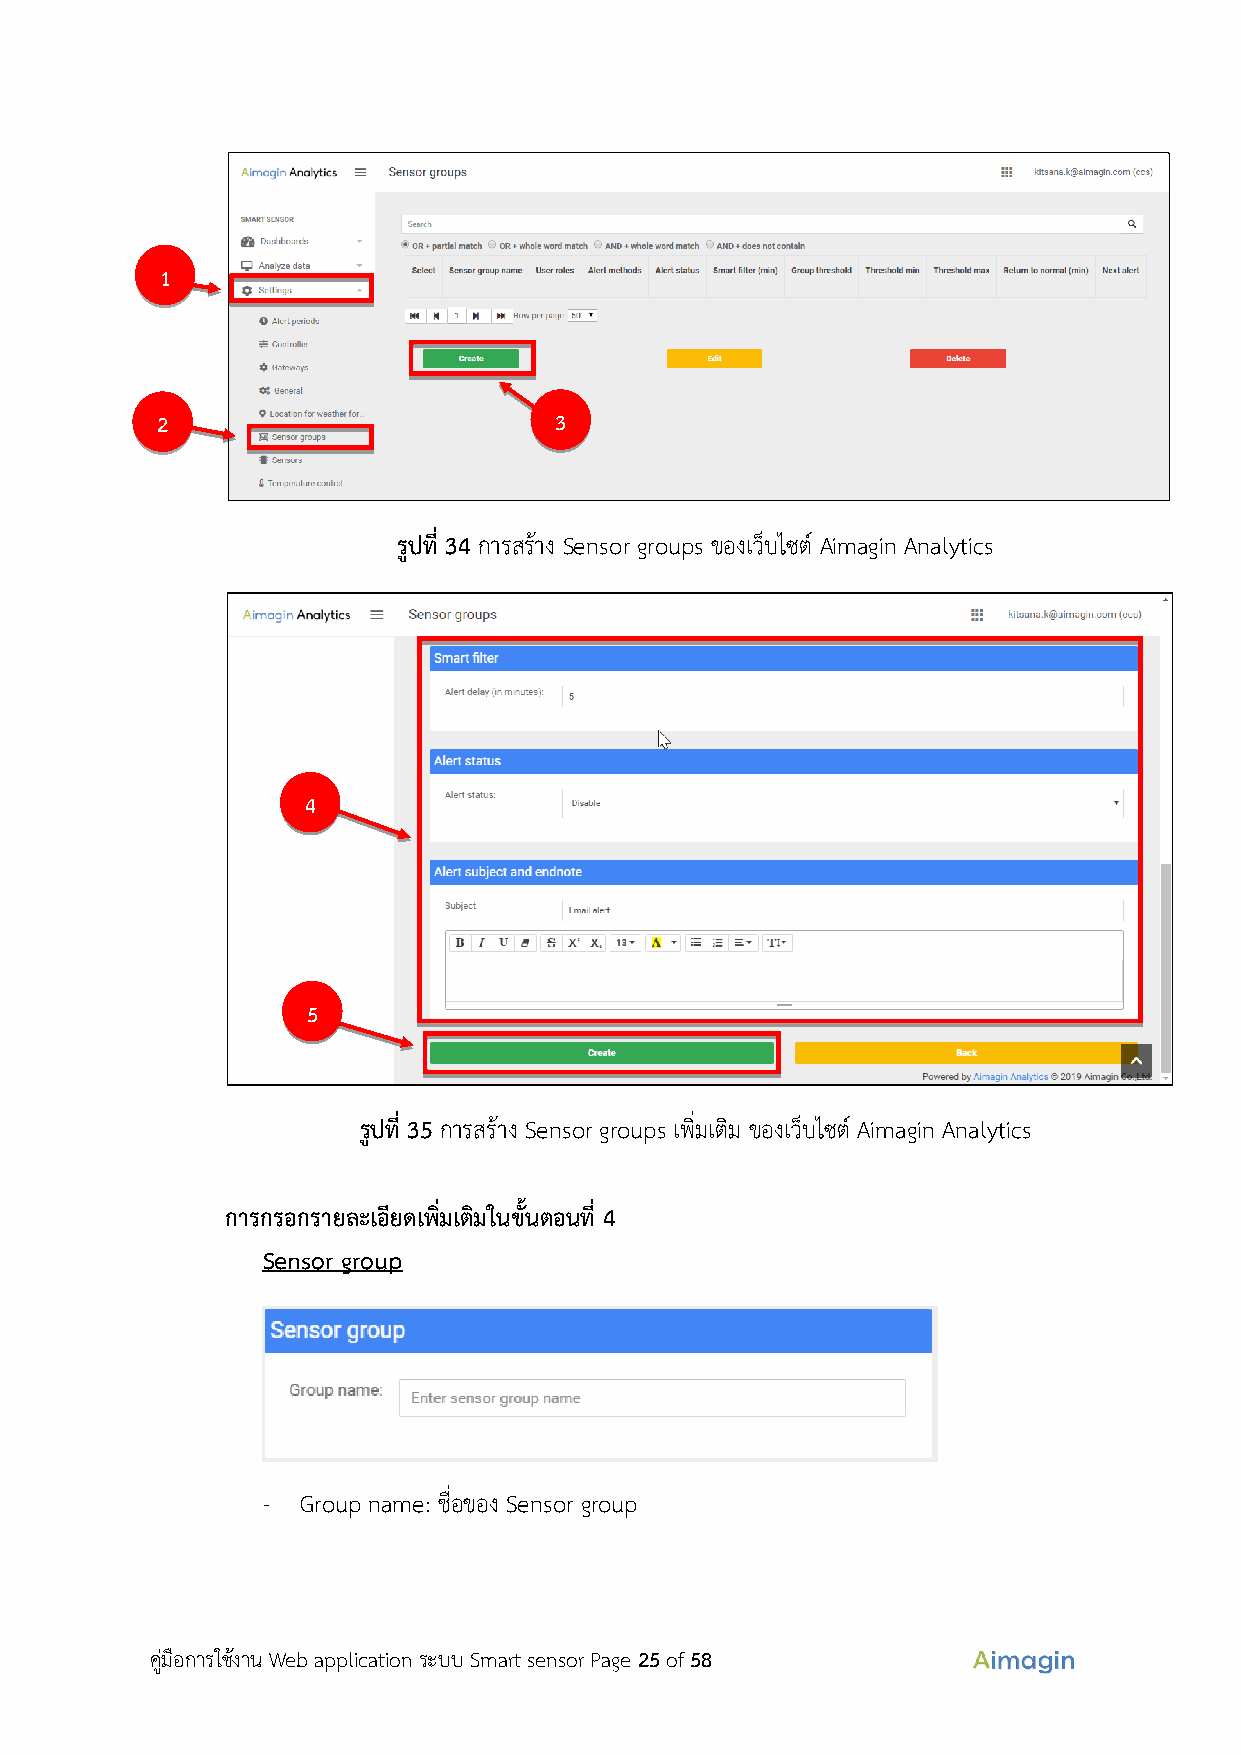
1
 2                          3
 รูปที่ 34 การสร้าง Sensor groups ของเว็บไซต์ Aimagin Analytics
 4
 5
 รูปที่ 35 การสร้าง Sensor groups เพิ่มเติม ของเว็บไซต์ Aimagin Analytics
 การกรอกรายละเอียดเพิ่มเติมในขั้นตอนที่ 4
 Sensor group
 -  Group name: ชื่อของ Sensor group
 คู่มือการใช้งาน Web application ระบบ Smart sensor Page 25 of 58